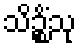
သိဉ္စိံသု